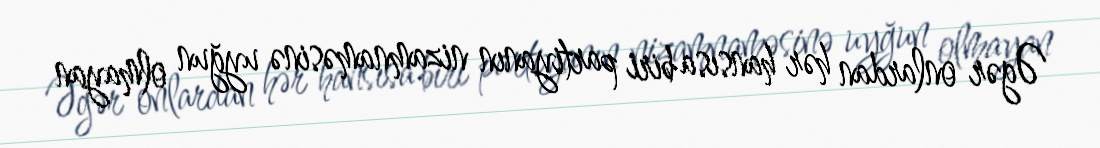
Əgər onlardan hər hansısa biri partiyanın nizamnaməsinə uyğun olmayan